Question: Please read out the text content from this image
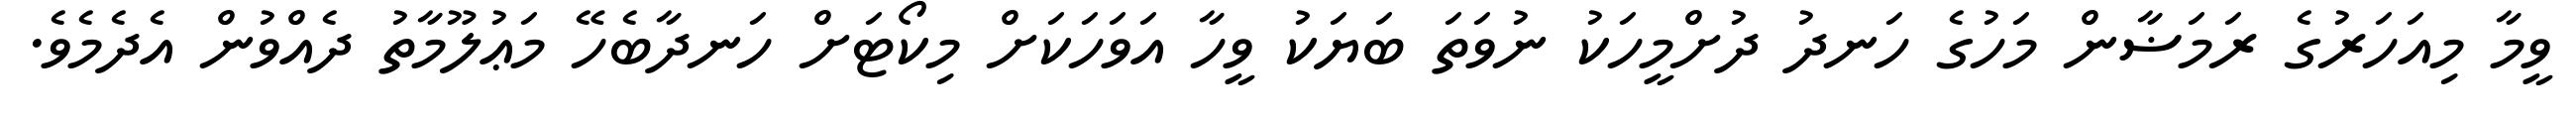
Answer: ވީމާ މިއަހަރުގެ ރަމަޟާން މަހުގެ ހަނދު ދުށްމީހަކު ނުވަތަ ބަޔަކު ވީހާ އަވަހަކަށް މިކޯޓަށް ހަނދާބެހޭ މަޢުލޫމާތު ދެއްވުން އެދެމެވެ.